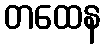
တထေန